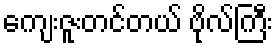
ကျေးဇူးတင်တယ် ဗိုလ်ကြီး